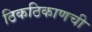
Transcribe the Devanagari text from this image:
ठिकठिकाणची